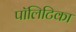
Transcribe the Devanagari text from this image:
पॉलिटिका